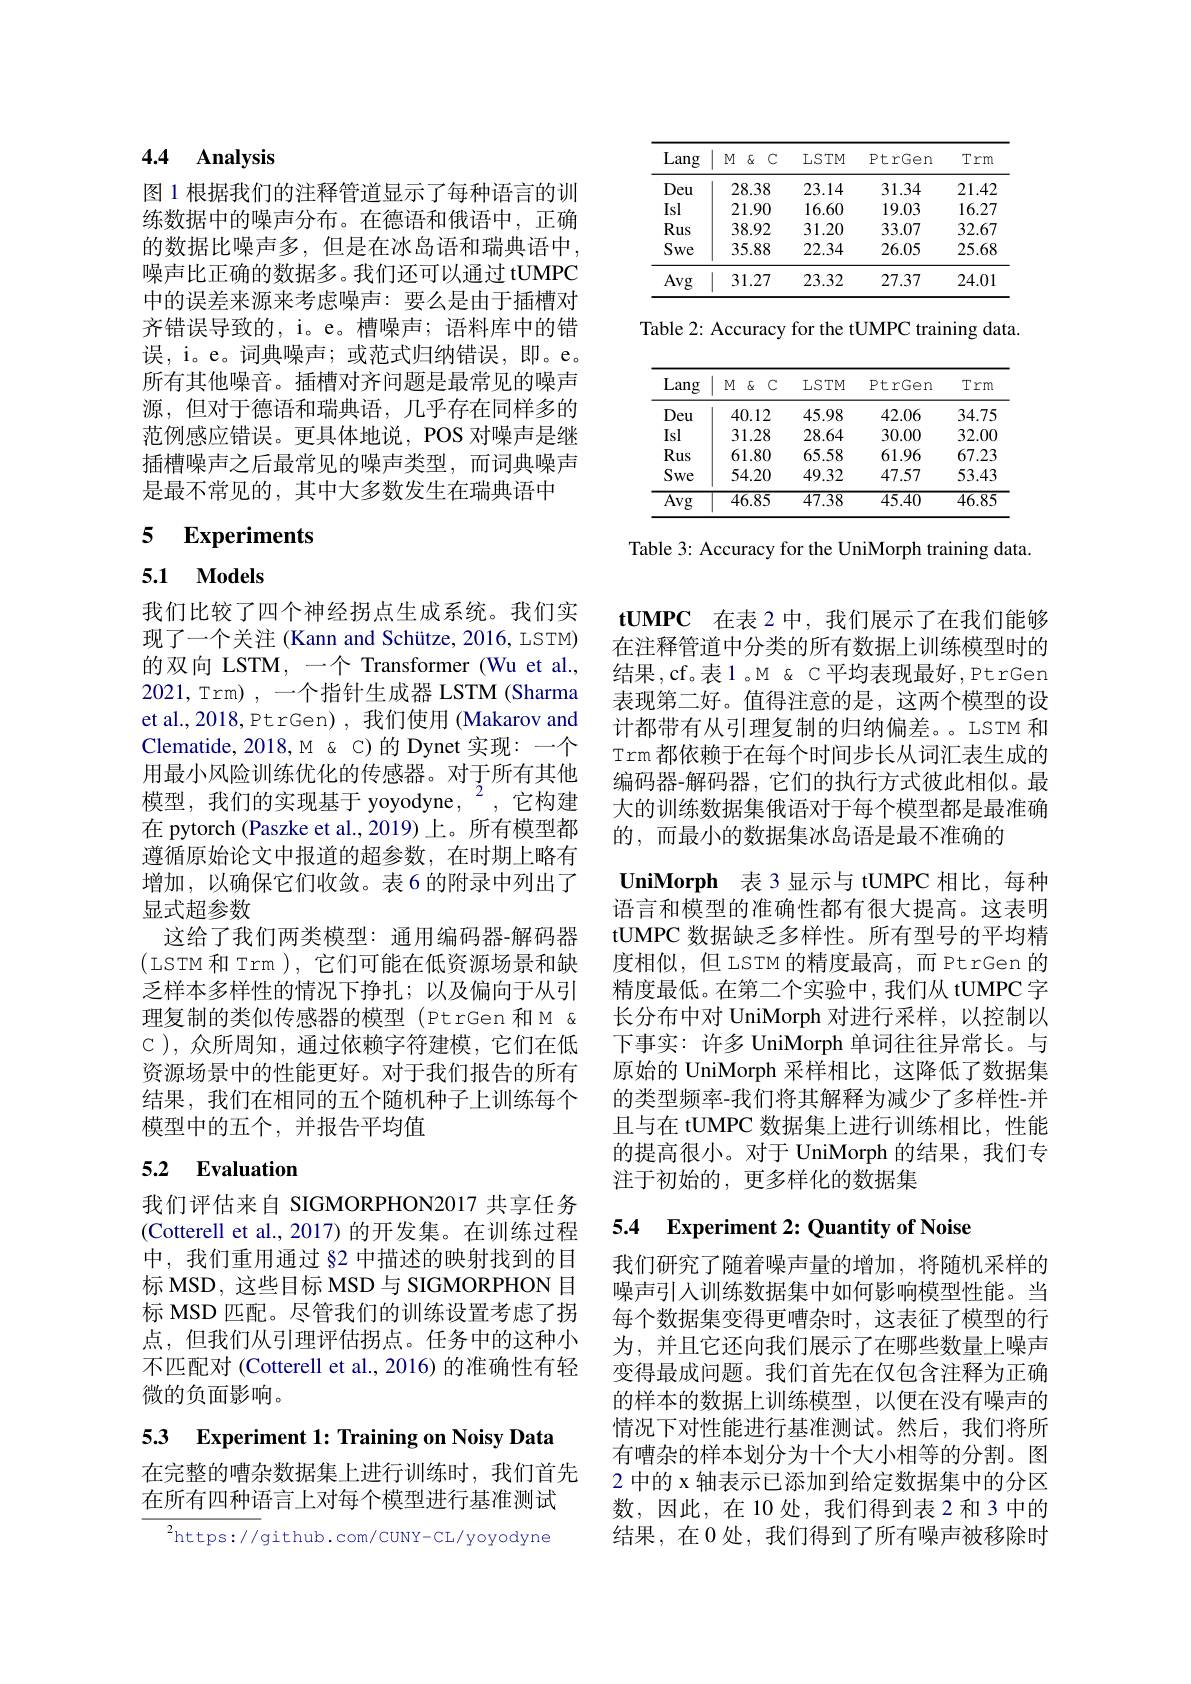
# 4.4 Analysis

图 1 根据我们的注释管道显示了每种语言的训练数据中的噪声分布。在德语和俄语中，正确的数据比噪声多，但是在冰岛语和瑞典语中， 噪声比正确的数据多。我们还可以通过 tUMPC 中的误差来源来考虑噪声：要么是由于插槽对齐错误导致的，i。e。槽噪声；语料库中的错误，i。e。词典噪声；或范式归纳错误，即。e。所有其他噪音。插槽对齐问题是最常见的噪声源，但对于德语和瑞典语，几乎存在同样多的范例感应错误。更具体地说，POS 对噪声是继插槽噪声之后最常见的噪声类型，而词典噪声是最不常见的，其中大多数发生在瑞典语中

## 5 $\textbf{Experiments}$

5.1 Models

我们比较了四个神经拐点生成系统。我们实现了一个关注 (Kann and Schütze, 2016, LSTM) 的双向 LSTM, 一个 Transformer (Wu et al., 2021,Trm),一个指针生成器 LSTM(Sharma et al., 2018, Pt rGen) , 我们使用 (Makarov and Clematide,2018,M&<C)的Dynet 实现：一个用最小风险训练优化的传感器。对于所有其他模型，我们的实现基于 yoyodyne,$^{2}$,它构建在 pytorch (Paszke et al.,2019)上。所有模型都遵循原始论文中报道的超参数，在时期上略有增加，以确保它们收敛。表6 的附录中列出了显式超参数
这给了我们两类模型：通用编码器-解码器(LSTM 和 Trm ), 它们可能在低资源场景和缺乏样本多样性的情况下挣扎；以及偏向于从引理复制的类似传感器的模型 (PtrGen 和M & C ),众所周知，通过依赖字符建模，它们在低资源场景中的性能更好。对于我们报告的所有结果，我们在相同的五个随机种子上训练每个模型中的五个，并报告平均值

## 5.2 Evaluation

我们评估来自 SIGMORPHON2017 共享任务(Cotterell et al.,2017)的开发集。在训练过程中，我们重用通过 §2 中描述的映射找到的目标 MSD, 这些目标 MSD 与 SIGMORPHON 目标 MSD 匹配。尽管我们的训练设置考虑了拐点，但我们从引理评估拐点。任务中的这种小不匹配对 (Cotterell et al., 2016) 的准确性有轻微的负面影响。

5.3 Experiment 1: Training on Noisy Data

在完整的嘈杂数据集上进行训练时，我们首先
在所有四种语言上对每个模型进行基准测试

${^{2}\mathrm{https://}}$github.com/CUNY-CL/yoyodyne

<table>
	<tbody>
		<tr>
			<th>Lang</th>
			<th>$\delta\epsilon$ $M$ $C$ - 1</th>
			<th>LSTM</th>
			<th>PtrGen</th>
			<th>Trm</th>
		</tr>
		<tr>
			<td>Deu</td>
			<td>28.38</td>
			<td>23.14</td>
			<td>31.34</td>
			<td>21.42</td>
		</tr>
		<tr>
			<td>Isl</td>
			<td>21.90</td>
			<td>16.60</td>
			<td>19.03</td>
			<td>16.27</td>
		</tr>
		<tr>
			<td>Rus</td>
			<td>38.92</td>
			<td>31.20</td>
			<td>33.07</td>
			<td>32.67</td>
		</tr>
		<tr>
			<td>Swe</td>
			<td>35.88</td>
			<td>22.34</td>
			<td>26.05</td>
			<td>25.68</td>
		</tr>
		<tr>
			<td>Avg</td>
			<td>31.27</td>
			<td>23.32</td>
			<td>27.37</td>
			<td>24.01</td>
		</tr>
	</tbody>
</table>

Table 2: Accuracy for the tUMPC training data.

<table>
	<tbody>
		<tr>
			<th>Lang</th>
			<th>M $\Phi($ $\mathbb{C}$ </th>
			<th>LSTM</th>
			<th>$\operatorname{PtrGen}$</th>
			<th>Trm</th>
		</tr>
		<tr>
			<td>Deu</td>
			<td>40.12</td>
			<td>45.98</td>
			<td>42.06</td>
			<td>34.75</td>
		</tr>
		<tr>
			<td>Isl</td>
			<td>31.28</td>
			<td>28.64</td>
			<td>30.00</td>
			<td>32.00</td>
		</tr>
		<tr>
			<td>Rus</td>
			<td>61.80</td>
			<td>65.58</td>
			<td>61.96</td>
			<td>67.23</td>
		</tr>
		<tr>
			<td>Swe</td>
			<td>54.20</td>
			<td>49.32</td>
			<td>47.57</td>
			<td>53.43</td>
		</tr>
		<tr>
			<td>$\overline{\mathrm{Avg}}$</td>
			<td>$\overline{46.85}$</td>
			<td>$\overline{47.38}$</td>
			<td>$\overline{45.40}$</td>
			<td>$\overline{46.85}$</td>
		</tr>
	</tbody>
</table>

Table 3: Accuracy for the UniMorph training data.

$\mathbf{tUMPC}$在表 2中，我们展示了在我们能够在注释管道中分类的所有数据上训练模型时的结果，cf。表1。M &C平均表现最好，PtrGen 表现第二好。值得注意的是，这两个模型的设计都带有从引理复制的归纳偏差。LSTM 和Trm 都依赖于在每个时间步长从词汇表生成的编码器-解码器，它们的执行方式彼此相似。最大的训练数据集俄语对于每个模型都是最准确的，而最小的数据集冰岛语是最不准确的
UniMorph 表3显示与 tUMPC 相比，每种语言和模型的准确性都有很大提高。这表明tUMPC 数据缺乏多样性。所有型号的平均精度相似，但 LSTM 的精度最高，而 PtrGen 的精度最低。在第二个实验中，我们从 tUMPC 字长分布中对 UniMorph 对进行采样，以控制以下事实：许多 UniMorph 单词往往异常长。与原始的 UniMorph 采样相比，这降低了数据集的类型频率-我们将其解释为减少了多样性-并且与在 tUMPC 数据集上进行训练相比，性能的提高很小。对于 UniMorph 的结果，我们专注于初始的，更多样化的数据集

## 5.4 Experiment 2: Quantity of Noise

我们研究了随着噪声量的增加，将随机采样的噪声引人训练数据集中如何影响模型性能。当每个数据集变得更嘈杂时，这表征了模型的行为，并且它还向我们展示了在哪些数量上噪声变得最成问题。我们首先在仅包含注释为正确的样本的数据上训练模型，以便在没有噪声的情况下对性能进行基准测试。然后，我们将所有嘈杂的样本划分为十个大小相等的分割。图2 中的 x 轴表示已添加到给定数据集中的分区数，因此，在10处，我们得到表2和3中的结果，在0处，我们得到了所有噪声被移除时